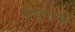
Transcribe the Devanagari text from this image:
दंड्याक